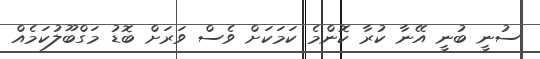
ސުނީ ބުނީ އޭނާ ކުރާ ކޮންމެ ކަމަކަށް ވެސް ވަރަށް ބޮޑު މަގްބޫލުކަމެއް